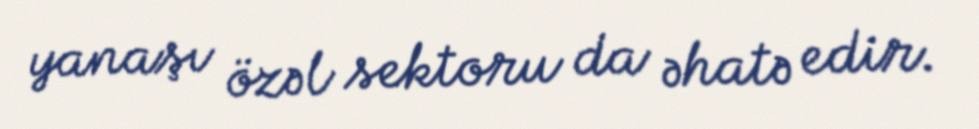
yanaşı özəl sektoru da əhatə edir.